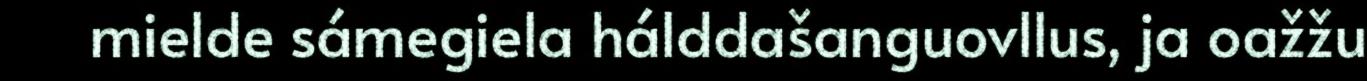
mielde sámegiela hálddašanguovllus, ja oažžu